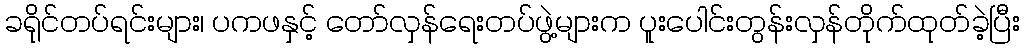
ခရိုင်တပ်ရင်းများ၊ ပကဖနှင့် တော်လှန်ရေးတပ်ဖွဲ့များက ပူးပေါင်းတွန်းလှန်တိုက်ထုတ်ခဲ့ပြီး